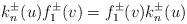
LaTeX: \begin{align*}k_{n}^{\pm}(u)f_{1}^{\pm}(v)=f_{1}^{\pm}(v)k_{n}^{\pm}(u)\end{align*}